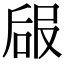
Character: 𠵳